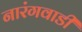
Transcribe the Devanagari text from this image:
नारंगवाडी